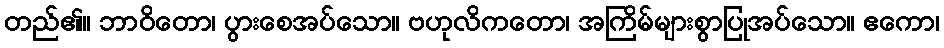
တည်၏။ ဘာဝိတော၊ ပွားစေအပ်သော။ ဗဟုလိကတော၊ အကြိမ်များစွာပြုအပ်သော။ ဧကော၊